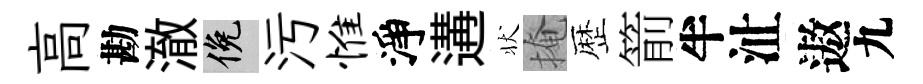
高勘澈俯污惟淨遘状掩歴箭半沚遨九